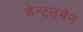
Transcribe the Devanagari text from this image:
जेन्टलमेन